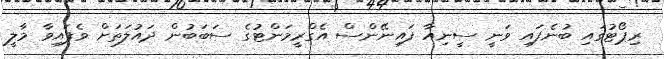
ރިޕޯޓުގައި ބުނެފައި ވަނީ ސީނިއާ ފައިނޭންސް އެގްރީމަންޓުގެ ސަބަބުން ދައުލަތަށް ވެފައިވާ މާލީ